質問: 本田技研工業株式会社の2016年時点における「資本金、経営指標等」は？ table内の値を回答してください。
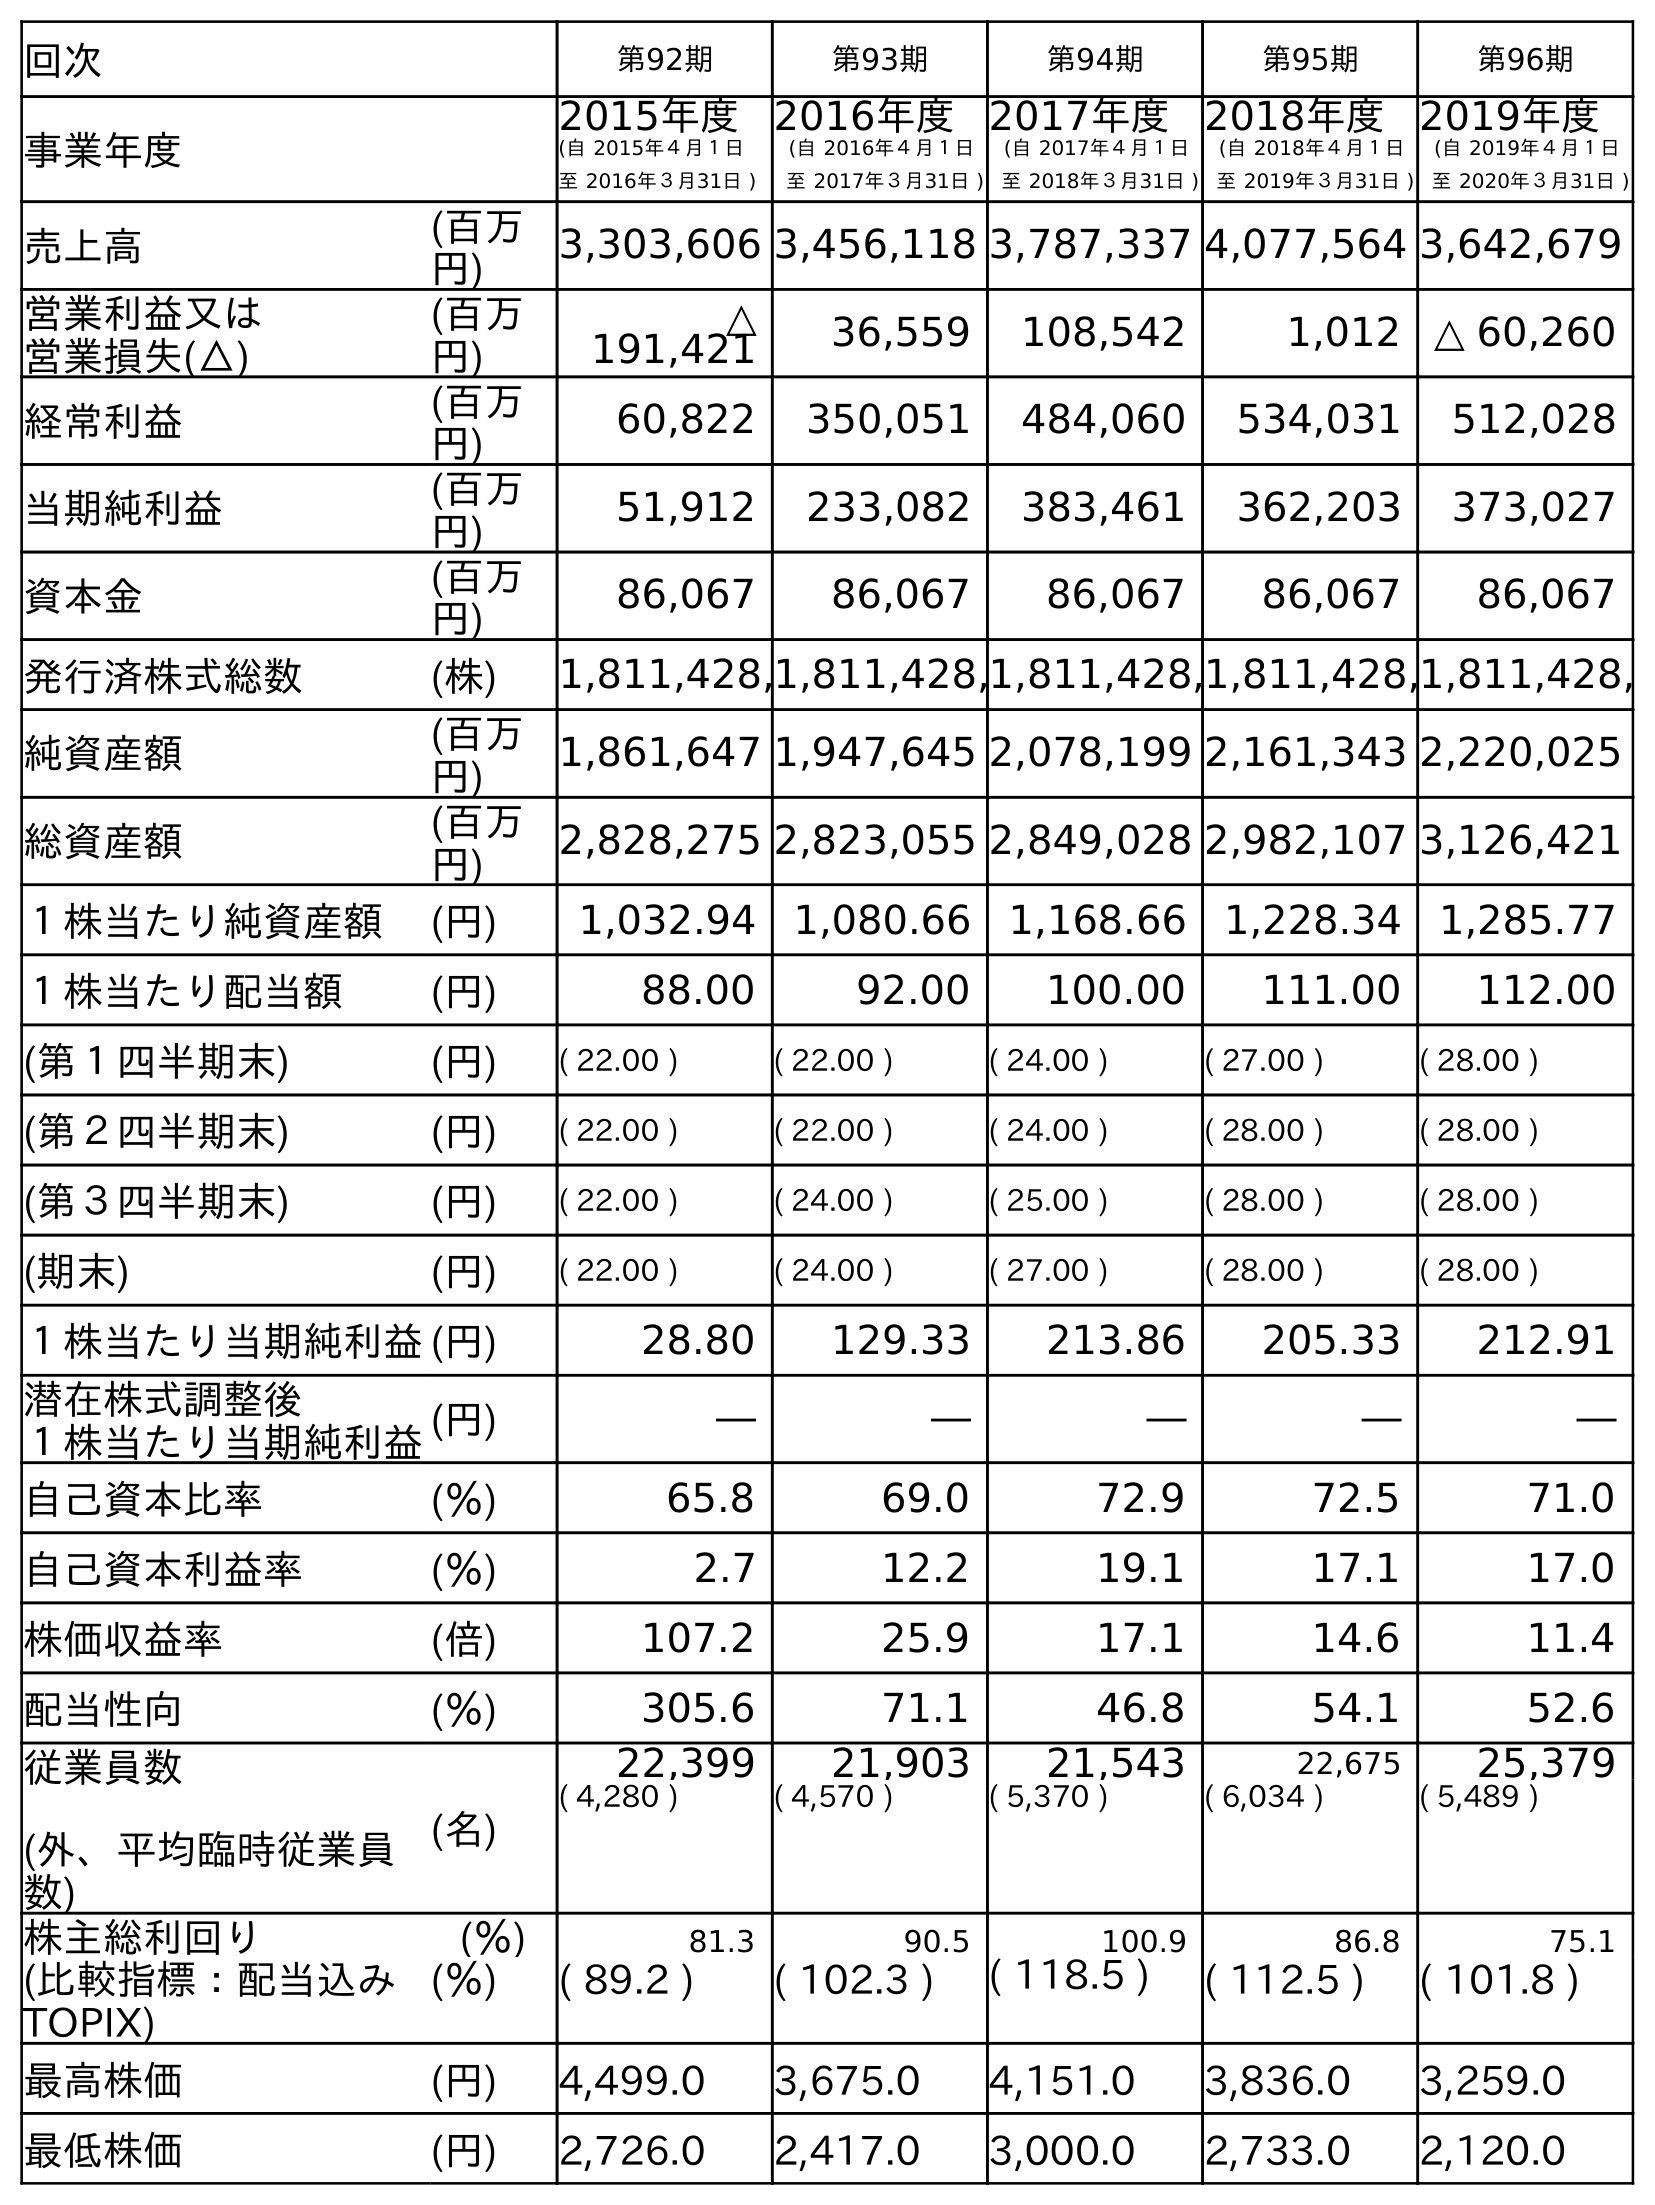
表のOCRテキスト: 回次 第92期 第93期 第94期 第95期 第96期 事業年度 2015年度 (自 2015年４月１日 至 2016年３月31日 ) 2016年度 (自 2016年４月１日 至 2017年３月31日 ) 2017年度 (自 2017年４月１日 至 2018年３月31日 ) 2018年度 (自 2018年４月１日 至 2019年３月31日 ) 2019年度 (自 2019年４月１日 至 2020年３月31日 ) 売上高 (百万 円) 3,303,606 3,456,118 3,787,337 4,077,564 3,642,679 営業利益又は 営業損失(△) (百万 円) △ 191,421 36,559 108,542 1,012 △ 60,260 経常利益 (百万 円) 60,822 350,051 484,060 534,031 512,028 当期純利益 (百万 円) 51,912 233,082 383,461 362,203 373,027 資本金 (百万 円) 86,067 86,067 86,067 86,067 86,067 発行済株式総数 (株) 1,811,428,1,811,428,1,811,428,1,811,428,1,811,428, 純資産額 (百万 円) 1,861,647 1,947,645 2,078,199 2,161,343 2,220,025 総資産額 (百万 円) 2,828,275 2,823,055 2,849,028 2,982,107 3,126,421 １株当たり純資産額 (円) 1,032.94 1,080.66 1,168.66 1,228.34 1,285.77 １株当たり配当額 (円) 88.00 92.00 100.00 111.00 112.00 (第１四半期末) (円) ( 22.00 ) ( 22.00 ) ( 24.00 ) ( 27.00 ) ( 28.00 ) (第２四半期末) (円) ( 22.00 ) ( 22.00 ) ( 24.00 ) ( 28.00 ) ( 28.00 ) (第３四半期末) (円) ( 22.00 ) ( 24.00 ) ( 25.00 ) ( 28.00 ) ( 28.00 ) (期末) (円) ( 22.00 ) ( 24.00 ) ( 27.00 ) ( 28.00 ) ( 28.00 ) １株当たり当期純利益(円) 28.80 129.33 213.86 205.33 212.91 潜在株式調整後 １株当たり当期純利益(円) ― ― ― ― ― 自己資本比率 (％) 65.8 69.0 72.9 72.5 71.0 自己資本利益率 (％) 2.7 12.2 19.1 17.1 17.0 株価収益率 (倍) 107.2 25.9 17.1 14.6 11.4 配当性向 (％) 305.6 71.1 46.8 54.1 52.6 従業員数 (外、平均臨時従業員 数) (名) 22,399 21,903 21,543 22,675 25,379 ( 4,280 ) ( 4,570 ) ( 5,370 ) ( 6,034 ) ( 5,489 ) 株主総利回り (％) 81.3 90.5 100.9 86.8 75.1 (比較指標：配当込み TOPIX) (％) ( 89.2 ) ( 102.3 ) ( 118.5 ) ( 112.5 ) ( 101.8 ) 最高株価 (円) 4,499.0 3,675.0 4,151.0 3,836.0 3,259.0 最低株価 (円) 2,726.0 2,417.0 3,000.0 2,733.0 2,120.0
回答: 86,067